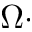
\Omega \cdot